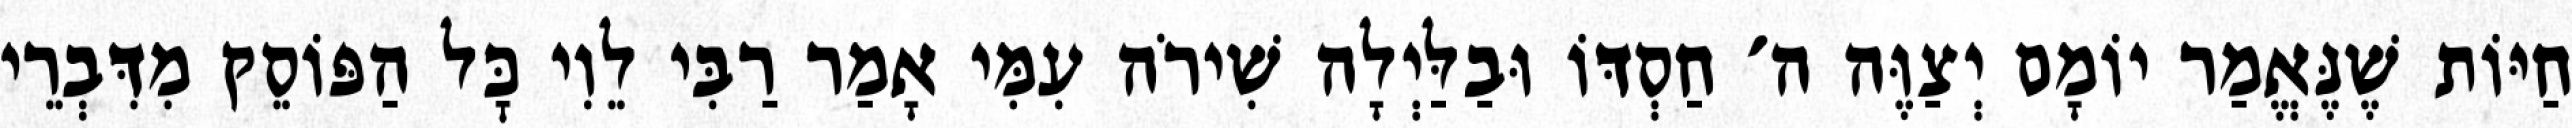
חַיּוֹת שֶׁנֶּאֱמַר יוֹמָם יְצַוֶּה ה׳ חַסְדּוֹ וּבַלַּיְלָה שִׁירֹה עִמִּי אָמַר רַבִּי לֵוִי כׇּל הַפּוֹסֵק מִדִּבְרֵי